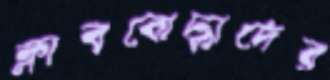
ক্লাববোদ্ধাদের